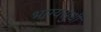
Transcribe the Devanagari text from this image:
भाग्यसुधी